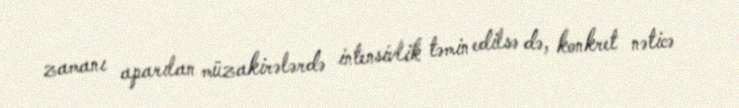
zamanı aparılan müzakirələrdə intensivlik təmin edilsə də, konkret nəticə